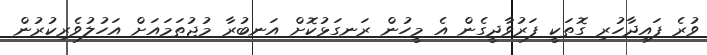
ވުރެ ފައިދާހުރި ގޮތަކީ ފަރުވާދީގެން އެ މީހުން ރަނގަޅުކޮށް އަނބުރާ މުޖުތަމައަށް އަހުލުވެރިކުރުން